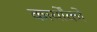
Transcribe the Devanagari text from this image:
कार्योंको